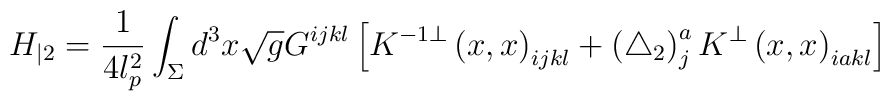
H_{|2}=\frac 1{4l_p^2}\int_\Sigma d^3x\sqrt{g}G^{ijkl}\left[ K^{-1\bot}\left( x,x\right) _{ijkl}+\left( \triangle _2\right) _j^aK^{\bot }\left(x,x\right) _{iakl}\right]